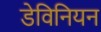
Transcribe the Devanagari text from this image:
डेविनियन